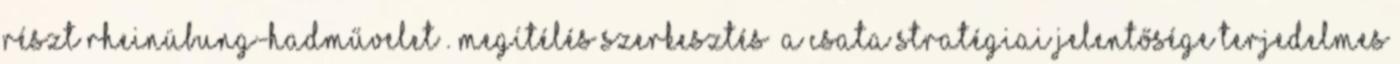
részt Rheinübung-hadművelet . Megítélés szerkesztés A csata stratégiai jelentősége terjedelmes